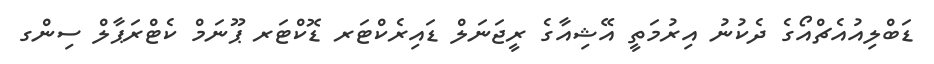
ޑަބްލިއުއެޗްއޯގެ ދެކުނު އިރުމަތީ އޭޝިއާގެ ރީޖަނަލް ޑައިރެކްޓަރ ޑޮކްޓަރ ޕޫނަމް ކެޓްރަޕާލް ސިންގ